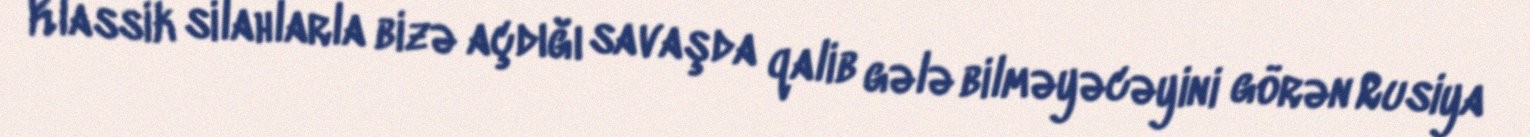
Klassik silahlarla bizə açdığı savaşda qalib gələ bilməyəcəyini görən Rusiya